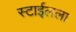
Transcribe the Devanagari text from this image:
स्टाईलला